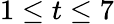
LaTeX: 1\leq t\leq 7